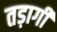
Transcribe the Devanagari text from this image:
तड़ागी